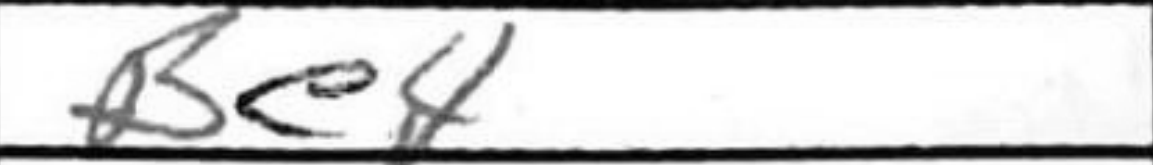
Transcription: Be4